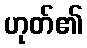
ဟုတ်၏